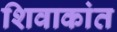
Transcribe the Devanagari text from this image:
शिवाकांत